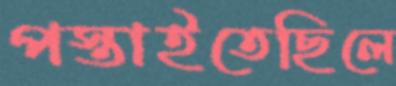
পস্তাইতেছিলে